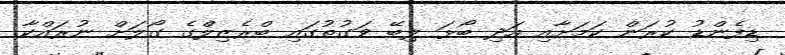
ޑިފެންޑު ކުރަން ކަމަށާއި އަދި ބޯޅަ ލިބޭ ވަގުތުގައި ބްރެޒިލްގެ ގޯލަށް ނުރައްކާ